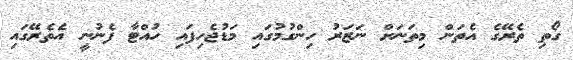
ގޯތި ތެރޭގެ އެތަން މިތަނަށް ނަޒަރު ހިންގުމުގައި މަޑުޖެހިފައި ހުއްޓާ ފެނުނީ އެތެރޭގައި